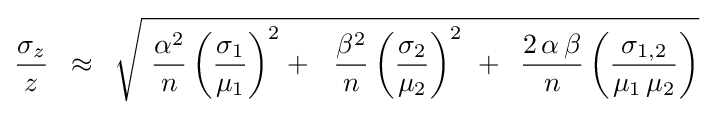
{\frac {\sigma _{z}}{z}}\,\,\,\approx \,\,\,{\sqrt {\,\,{\frac {\alpha ^{2}}{n}}\left({\frac {\sigma _{1}}{\mu _{1}}}\right)^{2}+\,\,\,\,{\frac {\beta ^{2}}{n}}\left({\frac {\sigma _{2}}{\mu _{2}}}\right)^{2}\,\,+\,\,\,{\frac {2\,\alpha \,\beta }{n}}\left({\frac {\sigma _{1,2}}{\mu _{1}\,\mu _{2}}}\right)}}